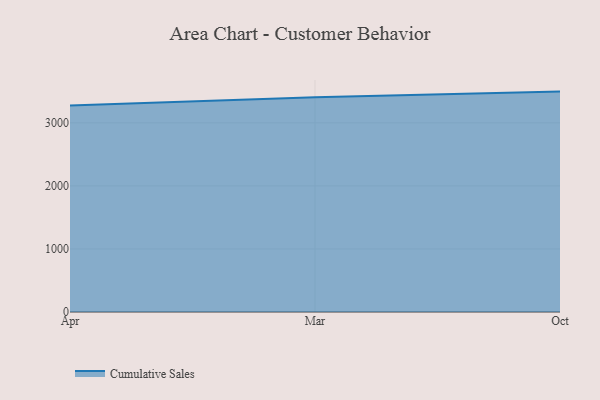
{"axis": {"x": "Month", "y": "Temperature (°C)"}, "legend": ["Cumulative Sales"], "data": [{"x": "Apr", "y": 3274.8, "type": "Cumulative Sales"}, {"x": "Mar", "y": 3403.9, "type": "Cumulative Sales"}, {"x": "Oct", "y": 3495.3, "type": "Cumulative Sales"}]}